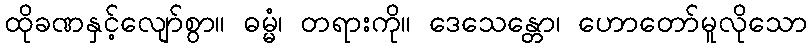
ထိုခဏနှင့်လျော်စွာ။ ဓမ္မံ၊ တရားကို။ ဒေသေန္တော၊ ဟောတော်မူလိုသော